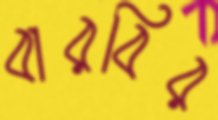
বারবির